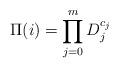
LaTeX: \begin{align*} \Pi(i)=\prod_{j=0}^m D_j^{c_j}\end{align*}